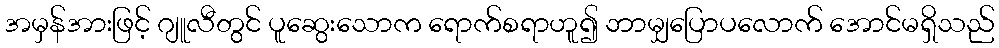
အမှန်အားဖြင့် ဂျူလီတွင် ပူဆွေးသောက ရောက်စရာဟူ၍ ဘာမျှပြောပလောက် အောင်မရှိသည်